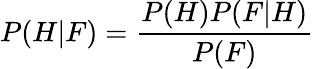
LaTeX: P(H|F)={\frac{P(H)P(F|H)}{P(F)}}